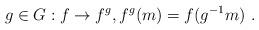
LaTeX: \begin{align*}g\in G:f\rightarrow f^{g},f^{g}(m)=f(g^{-1}m) \ . \end{align*}